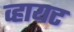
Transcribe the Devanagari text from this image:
व्हायट